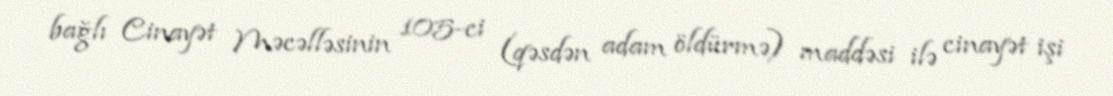
bağlı Cinayət Məcəlləsinin 105-ci (qəsdən adam öldürmə) maddəsi ilə cinayət işi